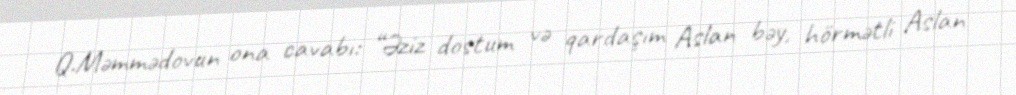
Q.Məmmədovun ona cavabı: “Əziz dostum və qardaşım Aslan bəy, hörmətli Aslan